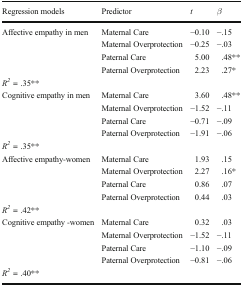
<table><thead><tr><td><b>Regression models</b></td><td><b>Predictor</b></td><td><b><i>t</i></b></td><td><b><i>β</i></b></td></tr></thead><tbody><tr><td>Affective empathy in men</td><td>Maternal Care</td><td>−0.10</td><td>−.15</td></tr><tr><td></td><td>Maternal Overprotection</td><td>−0.25</td><td>−.03</td></tr><tr><td></td><td>Paternal Care</td><td>5.00</td><td>.48**</td></tr><tr><td></td><td>Paternal Overprotection</td><td>2.23</td><td>.27*</td></tr><tr><td colspan="4"><i>R</i><sup><i>2</i></sup> = .35**</td></tr><tr><td>Cognitive empathy in men</td><td>Maternal Care</td><td>3.60</td><td>.48**</td></tr><tr><td></td><td>Maternal Overprotection</td><td>−1.52</td><td>−.11</td></tr><tr><td></td><td>Paternal Care</td><td>−0.71</td><td>−.09</td></tr><tr><td></td><td>Paternal Overprotection</td><td>−1.91</td><td>−.06</td></tr><tr><td colspan="4"><i>R</i><sup><i>2</i></sup> = .35**</td></tr><tr><td>Affective empathy-women</td><td>Maternal Care</td><td>1.93</td><td>.15</td></tr><tr><td></td><td>Maternal Overprotection</td><td>2.27</td><td>.16*</td></tr><tr><td></td><td>Paternal Care</td><td>0.86</td><td>.07</td></tr><tr><td></td><td>Paternal Overprotection</td><td>0.44</td><td>.03</td></tr><tr><td colspan="4"><i>R</i><sup><i>2</i></sup> = .42**</td></tr><tr><td>Cognitive empathy -women</td><td>Maternal Care</td><td>0.32</td><td>.03</td></tr><tr><td></td><td>Maternal Overprotection</td><td>−1.52</td><td>−.11</td></tr><tr><td></td><td>Paternal Care</td><td>−1.10</td><td>−.09</td></tr><tr><td></td><td>Paternal Overprotection</td><td>−0.81</td><td>−.06</td></tr><tr><td colspan="4"><i>R</i><sup><i>2</i></sup> = .40**</td></tr></tbody></table>